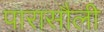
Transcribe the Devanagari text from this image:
पारासौली